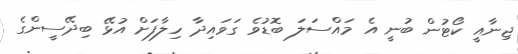
ޖިނާއީ ކޯޓުން ބުނީ އެ މައްސަލަ ބޮޑުވެ ގަވައިދާ ހިލާފަށް އުޅޭ ބިދޭސީންގެ